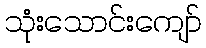
သုံးသောင်းကျော်